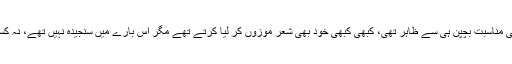
یوں تو شعر و شاعری سے ان کی مناسبت بچپن ہی سے ظاہر تھی، کبھی کبھی خود بھی شعر موزوں کر لیا کرتے تھے مگر اس بارے میں سنجیدہ نہیں تھے، نہ کسی کو سناتے نہ محفوظ رکھتے۔